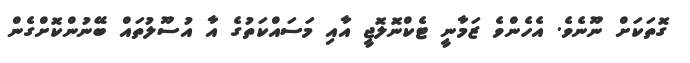
ގޮތަކަށް ނޫނެވެ. އެހެންވެ ޒަމާނީ ޓެކްނޮލޮޖީ އާއި މަސަައްކަތުގެ އާ އުސޫލުތައް ބޭނުންކޮށްގެން